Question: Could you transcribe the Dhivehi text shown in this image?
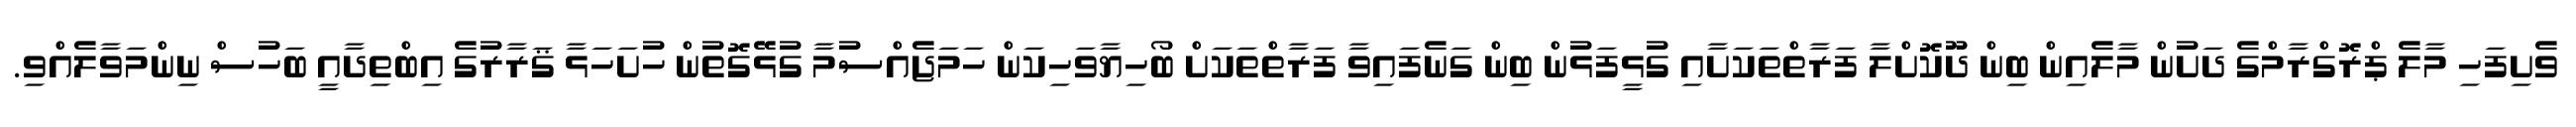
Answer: ވެށިފަހި މާލެ ޕްރޮގްރާމްގެ ދަށުން މާލެއިން ބިން ދޫކޮށްލާ ފަރާތްތަކަށާއި ގުޅީފަޅުން ބިން ގަނެފައިވާ ފަރާތްތަކަށް ބޯހިޔާވަހިކަން ހަމަޖެއްސުމާ ގުޅޭގޮތުން ހުށަހަޅާ ޤަރާރުގެ އިބްތިދާއީ ބަހުސް ނިންމަވާލެއްވި.